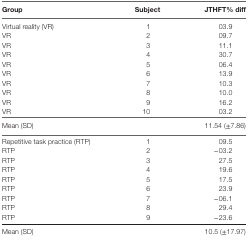
| Group | Subject | JTHFT% diff |
 | --- | --- | --- |
 | Virtual reality (VR) | 1 | 03.9 |
 | VR | 2 | 09.7 |
 | VR | 3 | 11.1 |
 | VR | 4 | 30.7 |
 | VR | 5 | 06.4 |
 | VR | 6 | 13.9 |
 | VR | 7 | 10.3 |
 | VR | 8 | 10.0 |
 | VR | 9 | 16.2 |
 | VR | 10 | 03.2 |
 | Mean (SD) |  | 11.54 (±7.86) |
 | Repetitive task practice (RTP) | 1 | 09.5 |
 | RTP | 2 | −03.2 |
 | RTP | 3 | 27.5 |
 | RTP | 4 | 19.6 |
 | RTP | 5 | 17.5 |
 | RTP | 6 | 23.9 |
 | RTP | 7 | −06.1 |
 | RTP | 8 | 29.4 |
 | RTP | 9 | −23.6 |
 | Mean (SD) |  | 10.5 (±17.97) |